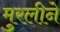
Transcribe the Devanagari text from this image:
मुरलीने